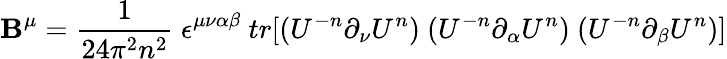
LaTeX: \mathbf{B}^{\mu}=\frac{{1}}{{24\pi^{2}n^{2}}}~\epsilon^{\mu\nu\alpha\beta}~tr[(U^{-n}\partial_{\nu}U^{n})~(U^{-n}\partial_{\alpha}U^{n})~(U^{-n}\partial_{\beta}U^{n})]